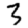
Digit: 3